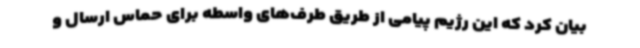
بیان کرد که این رژیم پیامی از طریق طرف‌های واسطه برای حماس ارسال و